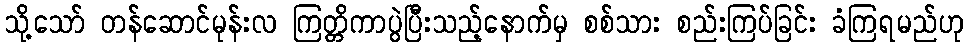
သို့သော် တန်ဆောင်မုန်းလ ကြတ္တိကာပွဲပြီးသည့်နောက်မှ စစ်သား စည်းကြပ်ခြင်း ခံကြရမည်ဟု